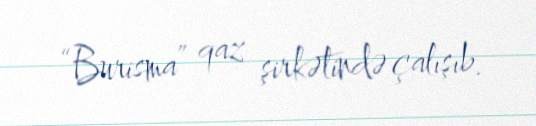
“Burisma” qaz şirkətində çalışıb.